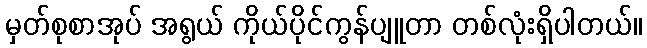
မှတ်စုစာအုပ် အရွယ် ကိုယ်ပိုင်ကွန်ပျူတာ တစ်လုံးရှိပါတယ်။